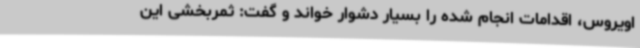
اویروس، اقدامات انجام شده را بسیار دشوار خواند و گفت: ثمربخشی این